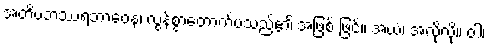
အတိပဘဿရဘာဝေန၊ လွန်စွာတောက်ပသည်၏ အဖြစ် ဖြင့်။ အယံ၊ အလိုလို။ ဝါ၊